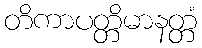
တိကာပတ္တိမာနတ္တံ